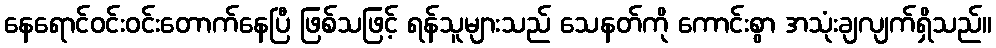
နေရောင်ဝင်းဝင်းတောက်နေပြီ ဖြစ်သဖြင့် ရန်သူများသည် သေနတ်ကို ကောင်းစွာ အသုံးချလျက်ရှိသည်။